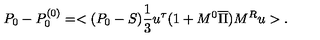
P _ { 0 } - P _ { 0 } ^ { ( 0 ) } = < ( P _ { 0 } - S ) { \frac { 1 } { 3 } } u ^ { \tau } ( 1 + M ^ { 0 } \overline { \Pi } ) M ^ { R } u > .